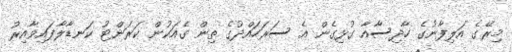
މިރޭގެ އަލިފާނުގެ ހާދިސާއާ ގުޅިގެން އެ ސަރަހައްދުގެ ތިން ގެއަކުން ކަރަންޓު ކަނޑާލާފައިވާއިރު